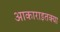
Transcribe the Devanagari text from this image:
आकाराइतक्या